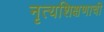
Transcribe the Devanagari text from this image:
नृत्यशिक्षणाची